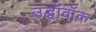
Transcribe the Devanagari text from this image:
उद्धॉवॉक